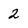
Character: 2